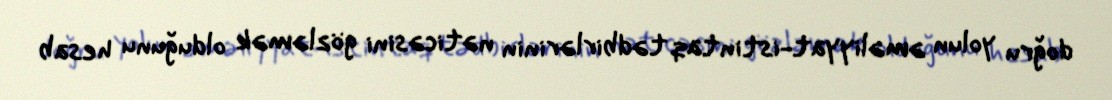
doğru yolun əməliyyat-istintaq tədbirlərinin nəticəsini gözləmək olduğunu hesab